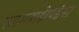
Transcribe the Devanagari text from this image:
उपमहाद्वीपईसा